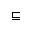
\sqsubseteq